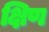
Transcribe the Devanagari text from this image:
क्षिण